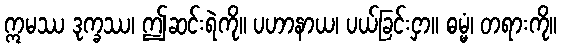
ဣမဿ ဒုက္ခဿ၊ ဤဆင်းရဲကို။ ပဟာနာယ၊ ပယ်ခြင်းငှာ။ ဓမ္မံ၊ တရားကို။